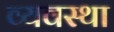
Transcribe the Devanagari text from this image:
व्यवस्था